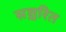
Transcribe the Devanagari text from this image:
सञ्चरित